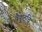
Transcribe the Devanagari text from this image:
वैकुंठचि